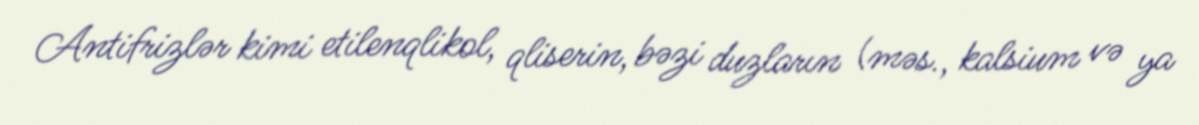
Antifrizlər kimi etilenqlikol, qliserin, bəzi duzların (məs., kalsium və ya